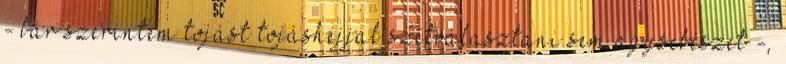
- bár szerintem tojást tojáshéjjal szétválasztani sem agysebészet -,